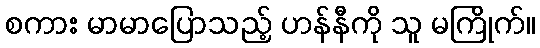
စကား မာမာပြောသည့် ဟန်နီကို သူ မကြိုက်။